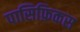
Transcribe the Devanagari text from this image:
पासिफ़िकस